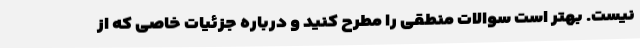
نیست. بهتر است سوالات منطقی را مطرح کنید و درباره جزئیات خاصی که از